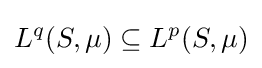
L^{q}(S,\mu )\subseteq L^{p}(S,\mu )